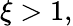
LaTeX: \xi>1,